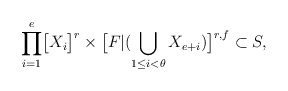
\begin{align*}\displaystyle{\prod_{i=1}^{e}}\big{[}X_{i}\big{]}^{r}\times\big{[}F|(\bigcup_{1\leq i<\theta}X_{e+i})\big{]}^{r,f}\subset S,\end{align*}